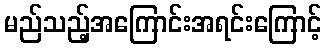
မည်သည့်အကြောင်းအရင်းကြောင့်